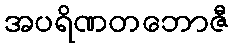
အပရိဏတဘောဇီ